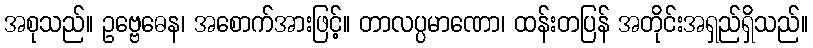
အစုသည်။ ဥဗ္ဗေဓေန၊ အစောက်အားဖြင့်။ တာလပ္ပမာဏော၊ ထန်းတပြန် အတိုင်းအရှည်ရှိသည်။